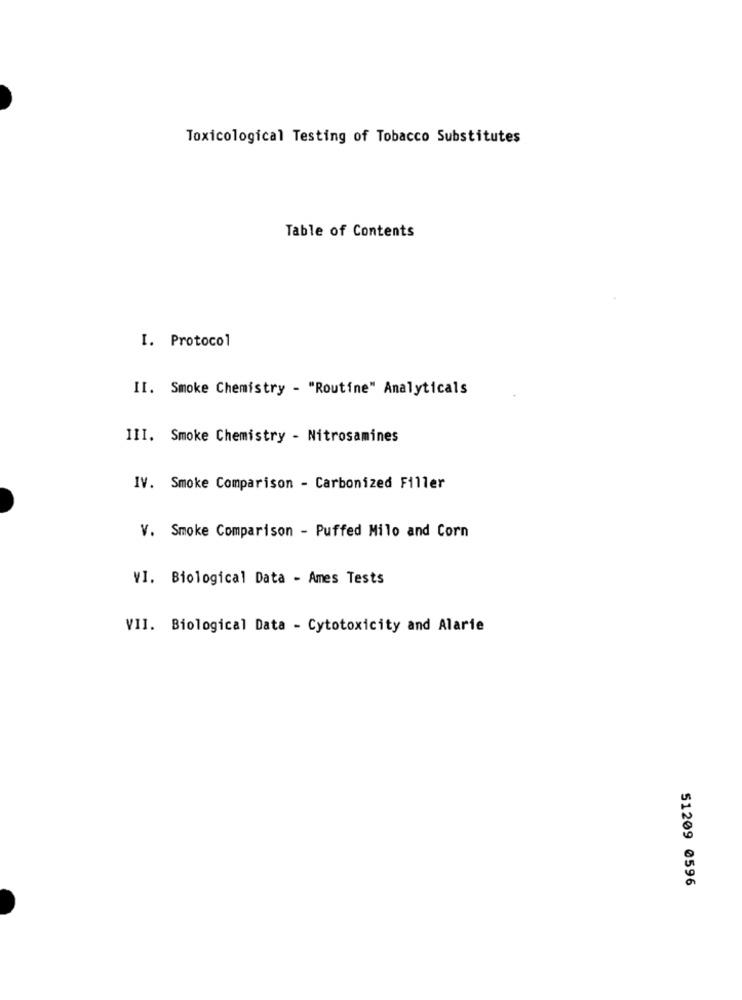
Toxicological Testing of Tobacco Substitutes
Table of Contents
I. Protocol
II. Smoke Chemistry - "Routine" Analyticals
III. Smoke Chemistry - Nitrosamines
IV. Smoke Comparison - Carbonized Filler
V. Smoke Comparison - Puffed Milo and Corn
VI. Biological Data - Ames Tests
VII. Biological Data - Cytotoxicity and Alarie
51209 0596